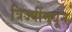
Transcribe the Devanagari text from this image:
त्रिज्यींमधून